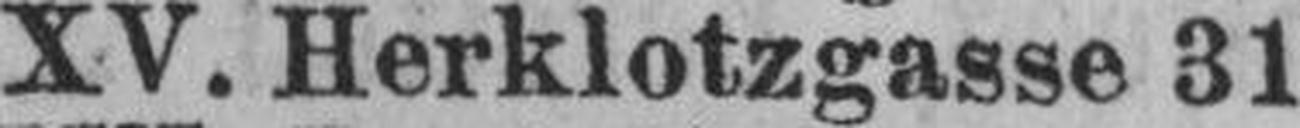
XV. Herklotzgasse 31